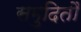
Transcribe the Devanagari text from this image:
समुदितौ